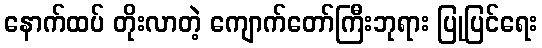
နောက်ထပ် တိုးလာတဲ့ ကျောက်တော်ကြီးဘုရား ပြုပြင်ရေး